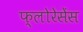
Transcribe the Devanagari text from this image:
फ्लोरेसेंस